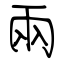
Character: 兩